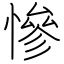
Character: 慘